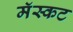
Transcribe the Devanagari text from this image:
मॅस्कट